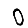
Digit: 0